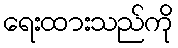
ရေးထားသည်ကို